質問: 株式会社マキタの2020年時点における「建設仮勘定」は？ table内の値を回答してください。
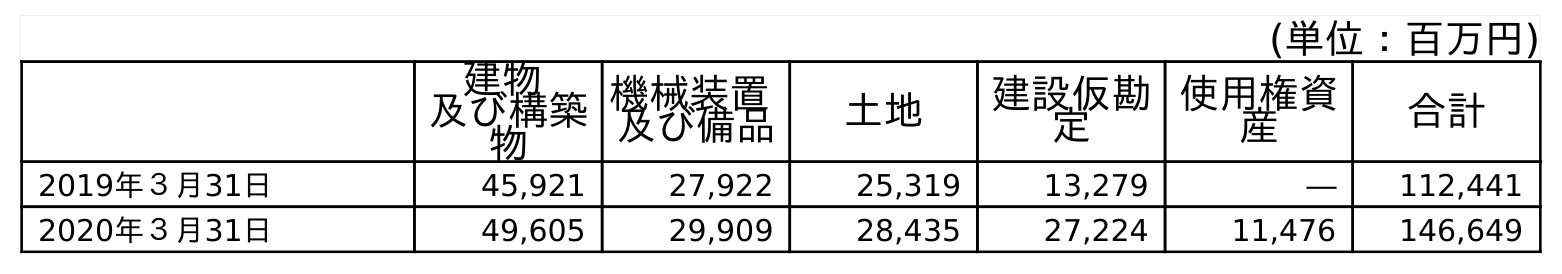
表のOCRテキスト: (単位：百万円) 建物 及び構築 物 機械装置 及び備品 土地 建設仮勘 定 使用権資 産 合計 2019年３月31日 45,921 27,922 25,319 13,279 ― 112,441 2020年３月31日 49,605 29,909 28,435 27,224 11,476 146,649
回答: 27,224